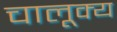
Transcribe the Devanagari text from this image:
चालूक्य